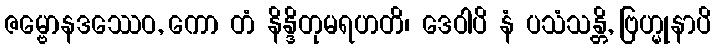
ဇမ္ဗောနဒဿေဝ, ကော တံ နိန္ဒိတုမရဟတိ၊ ဒေဝါပိ နံ ပသံသန္တိ, ဗြဟ္မုနာပိ